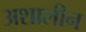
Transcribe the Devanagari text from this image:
अशालीन